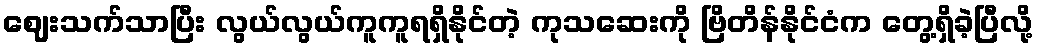
ဈေးသက်သာပြီး လွယ်လွယ်ကူကူရရှိနိုင်တဲ့ ကုသဆေးကို ဗြိတိန်နိုင်ငံက တွေ့ရှိခဲ့ပြီလို့